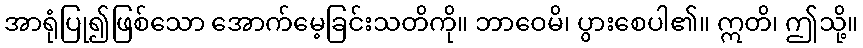
အာရုံပြု၍ဖြစ်သော အောက်မေ့ခြင်းသတိကို။ ဘာဝေမိ၊ ပွားစေပါ၏။ ဣတိ၊ ဤသို့။